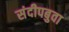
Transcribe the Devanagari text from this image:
संदीपबुवा